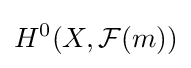
H^{0}(X,{\mathcal {F}}(m))